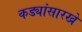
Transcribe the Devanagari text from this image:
कड्यांसारखे